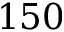
1 5 0